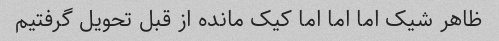
ظاهر شیک اما اما اما کیک مانده از قبل تحویل گرفتیم